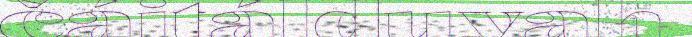
čáitálduvah